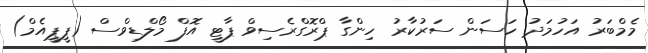
މެމްބަރު އަހުމަދު ހަސަން ސަރުކާރު ހިންގާ ޕްރޮގްރެސިވް ޕާޓީ އޮފް މޯލްޑިވްސް (ޕީޕީއެމް)